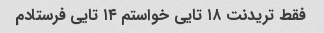
فقط تریدنت ۱۸ تایی خواستم ۱۴ تایی فرستادم